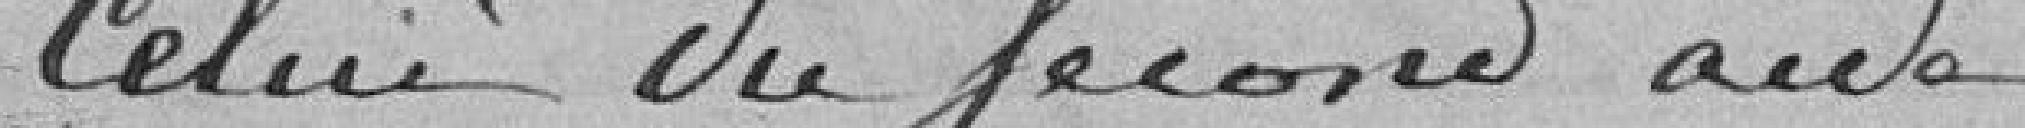
Celui du second aide